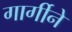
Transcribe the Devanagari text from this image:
गार्गीने